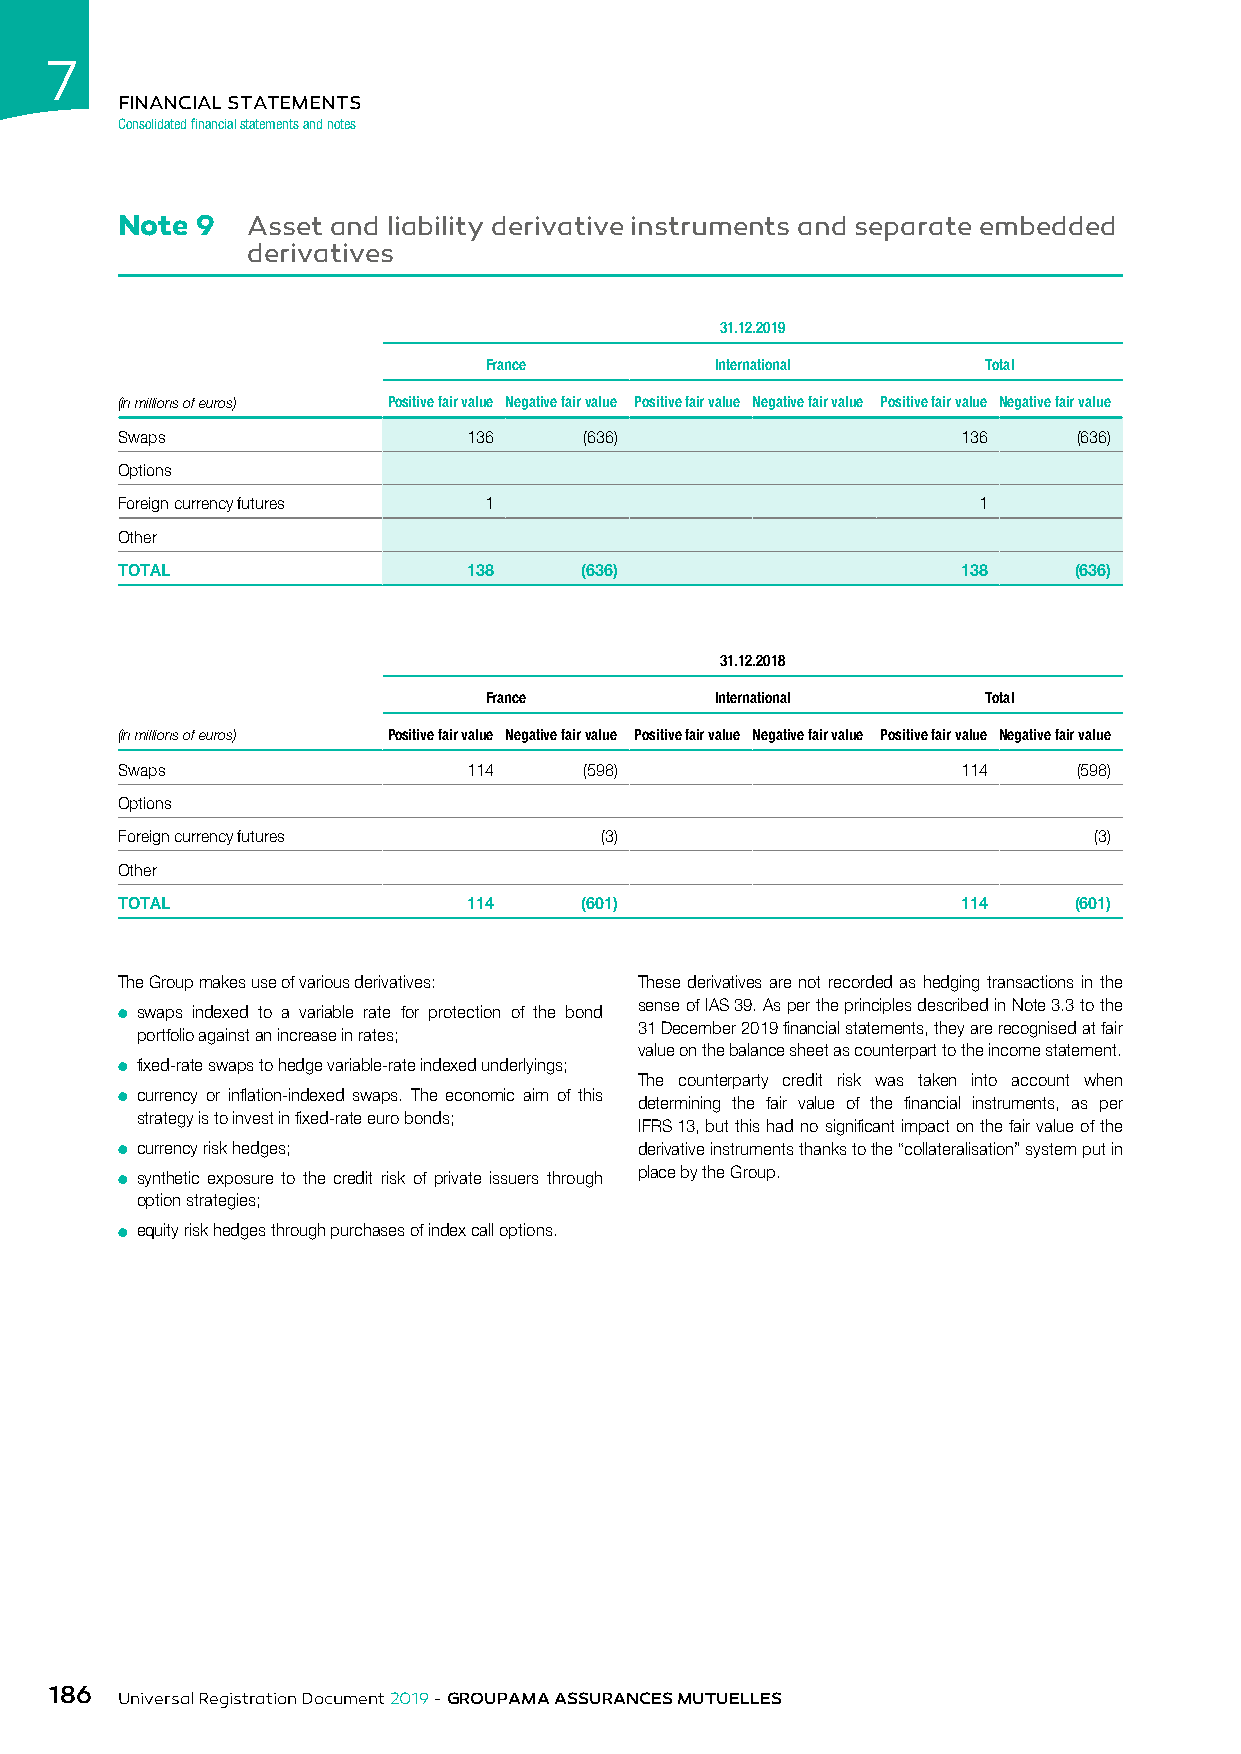
7
 FINANCIAL STATEMENTS
 Consolidated financial statements and notes
 Note 9  Asset and liability derivative instruments and separate embedded
 derivatives
 31.12.2019
 France         International     Total
 (in millions of euros) Positive fair value Negative fair value Positive fair value Negative fair value Positive fair value Negative fair value
 Swaps                  136     (636)                    136    (636)
 Options
 Foreign currency futures 1                               1
 Other
 TOTAL                  138    (636)                     138    (636)
 31.12.2018
 France         International     Total
 (in millions of euros) Positive fair value Negative fair value Positive fair value Negative fair value Positive fair value Negative fair value
 Swaps                  114     (598)                    114    (598)
 Options
 Foreign currency futures        (3)                             (3)
 Other
 TOTAL                  114    (601)                     114    (601)
 The Group makes use of various derivatives: These derivatives are not recorded as hedging transactions in the
 sense of IAS 39. As per the principles described in Note 3.3 to the
 ● swaps indexed to a variable rate for protection of the bond
 31 December 2019 financial statements, they are recognised at fair
 portfolio against an increase in rates;
 value on the balance sheet as counterpart to the income statement.
 ● fixed-rate swaps to hedge variable-rate indexed underlyings;
 The counterparty credit risk was taken into account when
 ● currency or inflation-indexed swaps. The economic aim of this determining the fair value of the financial instruments, as per
 strategy is to invest in fixed-rate euro bonds;
 IFRS 13, but this had no significant impact on the fair value of the
 ● currency risk hedges;           derivative instruments thanks to the “collateralisation” system put in
 ● synthetic exposure to the credit risk of private issuers through place by the Group.
 option strategies;
 ● equity risk hedges through purchases of index call options.
 186
 Universal Registration Document 2019 - GROUPAMA ASSURANCES MUTUELLES